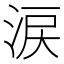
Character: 涙